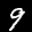
Label: 9